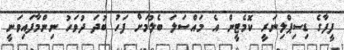
ފީފާގެ ޑިސިޕްލިނަރީ ކޮމެޓީން އެ މައްސަލަ ބެލުމަށް ފަހު ބުދަ ދުވަހު ނިންމާފައިވަނީ